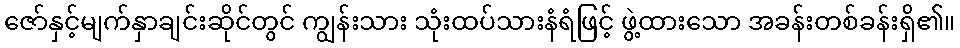
ဇော်နှင့်မျက်နှာချင်းဆိုင်တွင် ကျွန်းသား သုံးထပ်သားနံရံဖြင့် ဖွဲ့ထားသော အခန်းတစ်ခန်းရှိ၏။